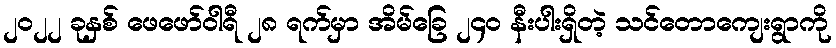
၂၀၂၂ ခုနှစ် ဖေဖော်ဝါရီ ၂၈ ရက်မှာ အိမ်ခြေ ၂၄၀ နီးပါးရှိတဲ့ သင်တောကျေးရွာကို